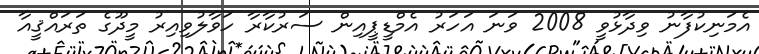
އެމަނިކުފާނު ވިދާޅުވީ 2008 ވަނަ އަހަރު އެމްޑީޕީއިން ސަރުކާރާ ހަވާލުވިއިރު މީދޫގެ ތަރައްޤީއާ